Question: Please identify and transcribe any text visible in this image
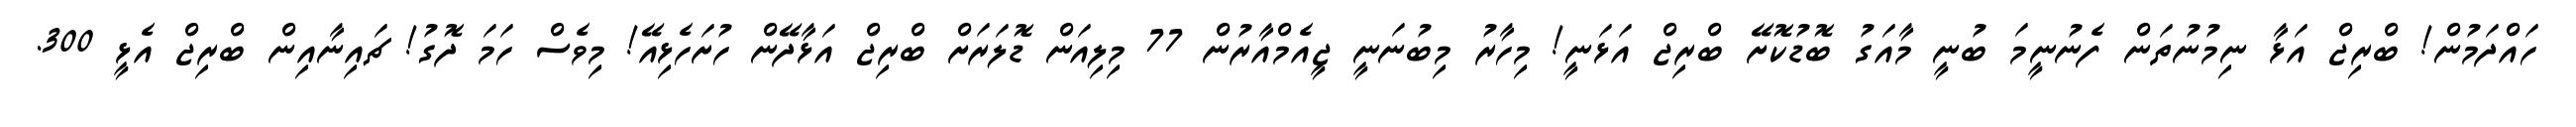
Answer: ހައްދަމުން! ބްރިޖް އަޅާ ނިމުނުތަން ފެނުނީމަ ބުނީ މާއަގު ބޮޑުކޮށޭ ބްރިޖް އަޅަނީ! މިހާރު މިބުނަނީ ޖީއެމްއާރުން 77 މިލިއަން ޑޮލަރަށް ބްރިޖް އަޅާދޭން ހުށަހެޅިއޭ! މިވެސް ހަމަ ދޮގު! ޗައިނާއިން ބްރިޖް އެޅީ 300.